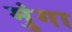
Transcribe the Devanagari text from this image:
मुंगा